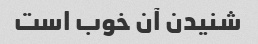
شنیدن آن خوب است